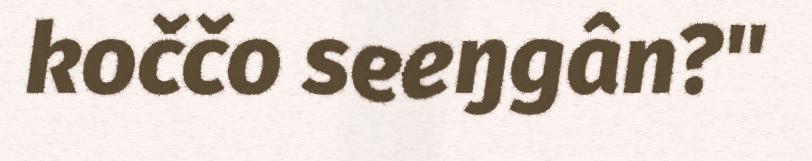
koččo seeŋgân?"